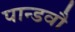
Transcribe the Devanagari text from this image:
पान्डवौ